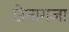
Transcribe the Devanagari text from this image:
छेनागजा